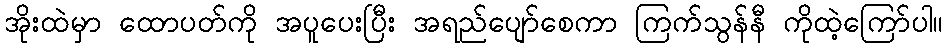
အိုးထဲမှာ ထောပတ်ကို အပူပေးပြီး အရည်ပျော်စေကာ ကြက်သွန်နီ ကိုထဲ့ကြော်ပါ။